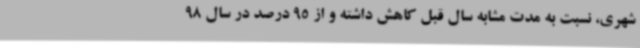
شهری، نسبت به مدت مشابه سال قبل کاهش داشته و از 95 درصد در سال 98